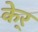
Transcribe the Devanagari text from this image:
केर्